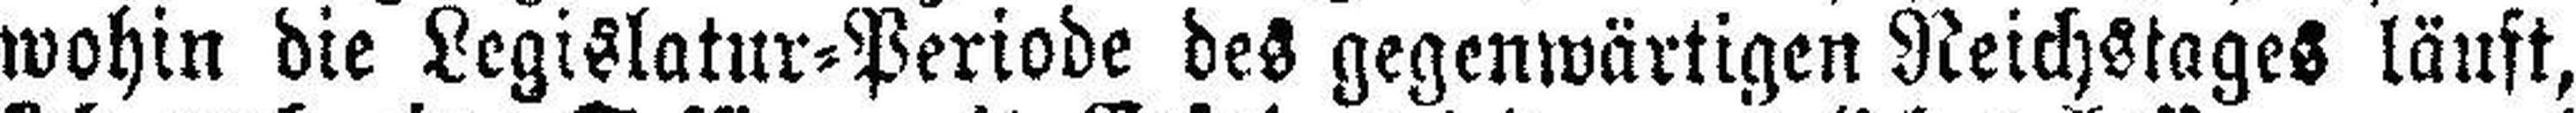
wohin die Legislatur=Periode des gegenwärtigen Reichstages läuft,